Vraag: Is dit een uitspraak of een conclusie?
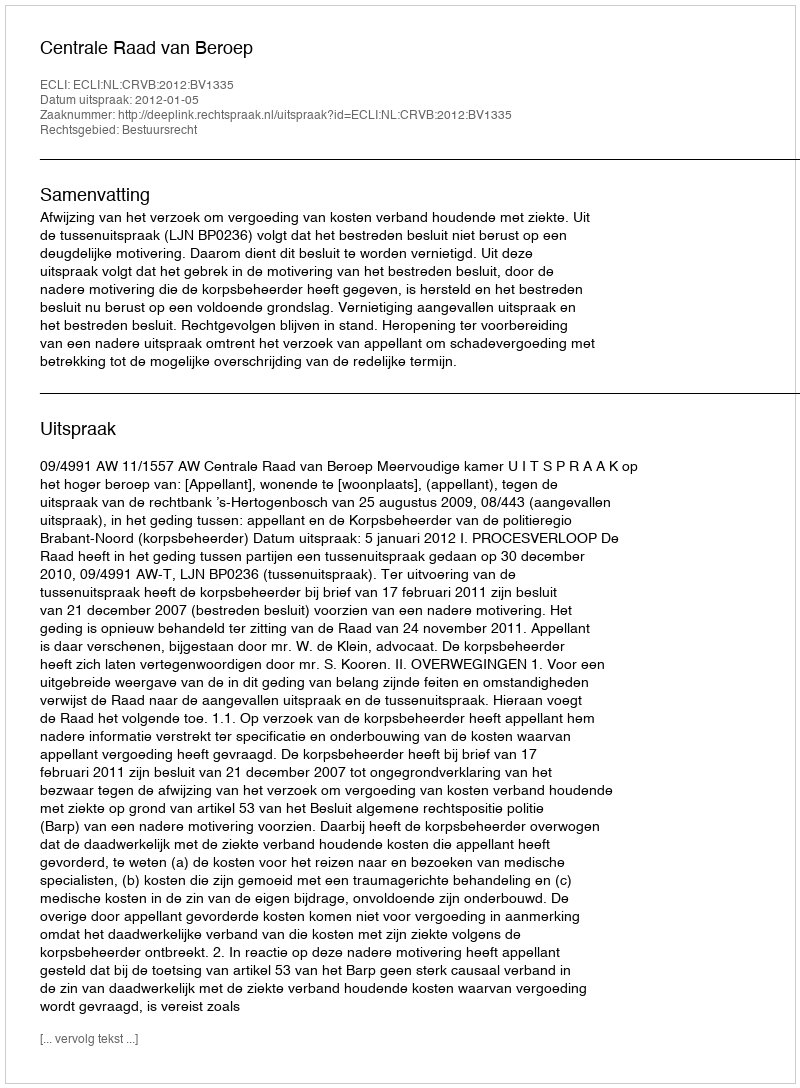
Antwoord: Uitspraak